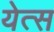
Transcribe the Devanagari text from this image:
येत्स